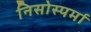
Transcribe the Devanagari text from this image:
निसोस्पर्मा